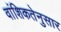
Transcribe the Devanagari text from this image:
वांशिकतेनुसार